Scottish Leaving Certificate Examination, 1952
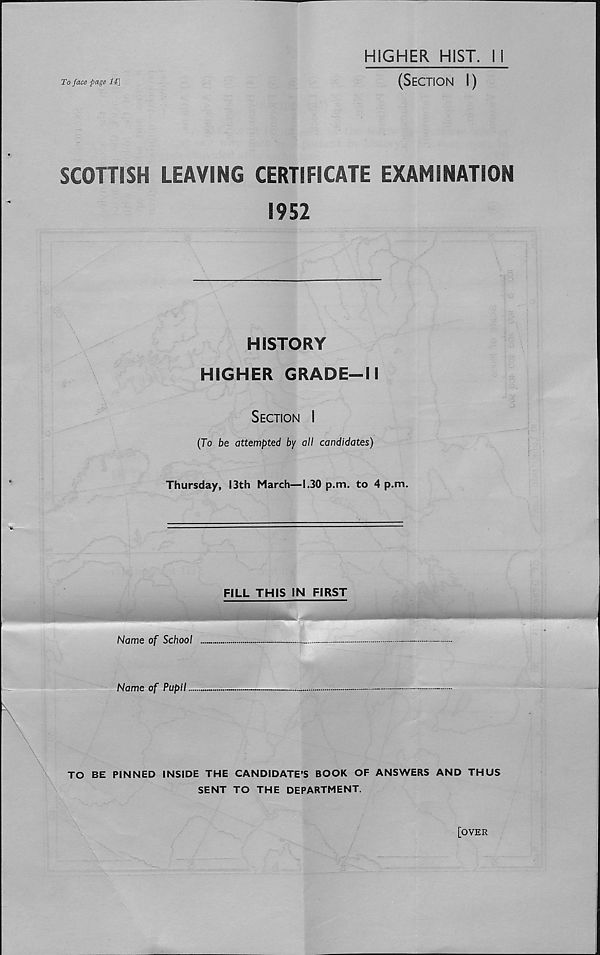
To face page 14]
HIGHER HIST. 11
(Section I)
SCOTTISH LEAVING CERTIFICATE EXAMINATION
1952
HISTORY
HIGHER GRADE-11
Section I
(To be attempted by all candidates)
Thursday, 13th March—1.30 p.m. to 4 p.m.
FILL THIS IN FIRST
Name of School
Name of Pupil...
TO BE PINNED INSIDE THE CANDIDATE’S BOOK OF ANSWERS AND THUS
SENT TO THE DEPARTMENT.
[OVER